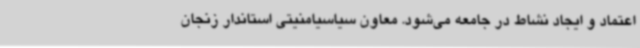
اعتماد و ایجاد نشاط در جامعه می‌شود. معاون سیاسیامنیتی استاندار زنجان